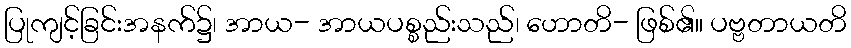
ပြုကျင့်ခြင်းအနက်၌၊ အာယ- အာယပစ္စည်းသည်၊ ဟောတိ- ဖြစ်၏။ ပဗ္ဗတာယတိ